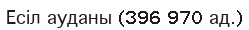
Есіл ауданы (396 970 ад.)